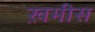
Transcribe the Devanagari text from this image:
ख़मीस